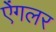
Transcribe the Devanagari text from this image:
ऐंगलर